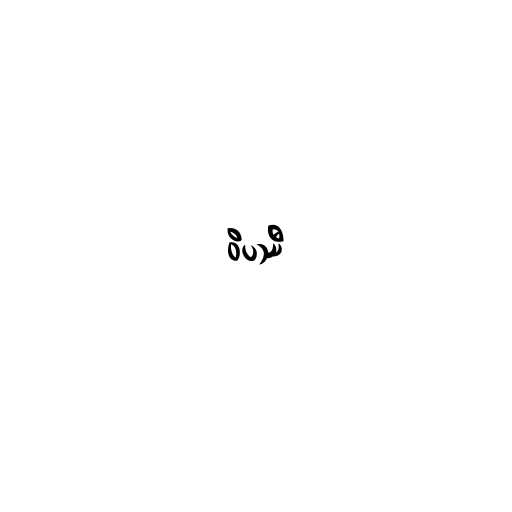
ဝိပဿီ